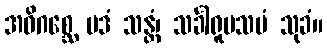
အဓိဂစ္ဆေ ပဒံ သန္တံ၊ သင်္ခါရူပသမံ သုခံ။